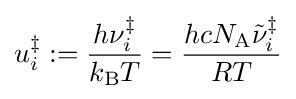
u_{i}^{\ddagger }:={\frac {h\nu _{i}^{\ddagger }}{k_{\mathrm {B} }T}}={\frac {hcN_{\mathrm {A} }{\tilde {\nu }}_{i}^{\ddagger }}{RT}}